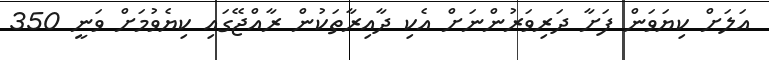
އަލަށް ކިޔަވަން ފަށާ ދަރިވަރުންނަށް އެކި ދާއިރާތަކުން ރާއްޖޭގައި ކިޔެވުމަށް ވަނީ 350